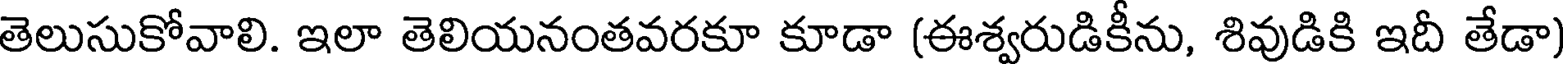
తెలుసుకోవాలి. ఇలా తెలియనంతవరకూ కూడా (ఈశ్వరుడికీను, శివుడికి ఇదీ తేడా